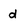
Character: d